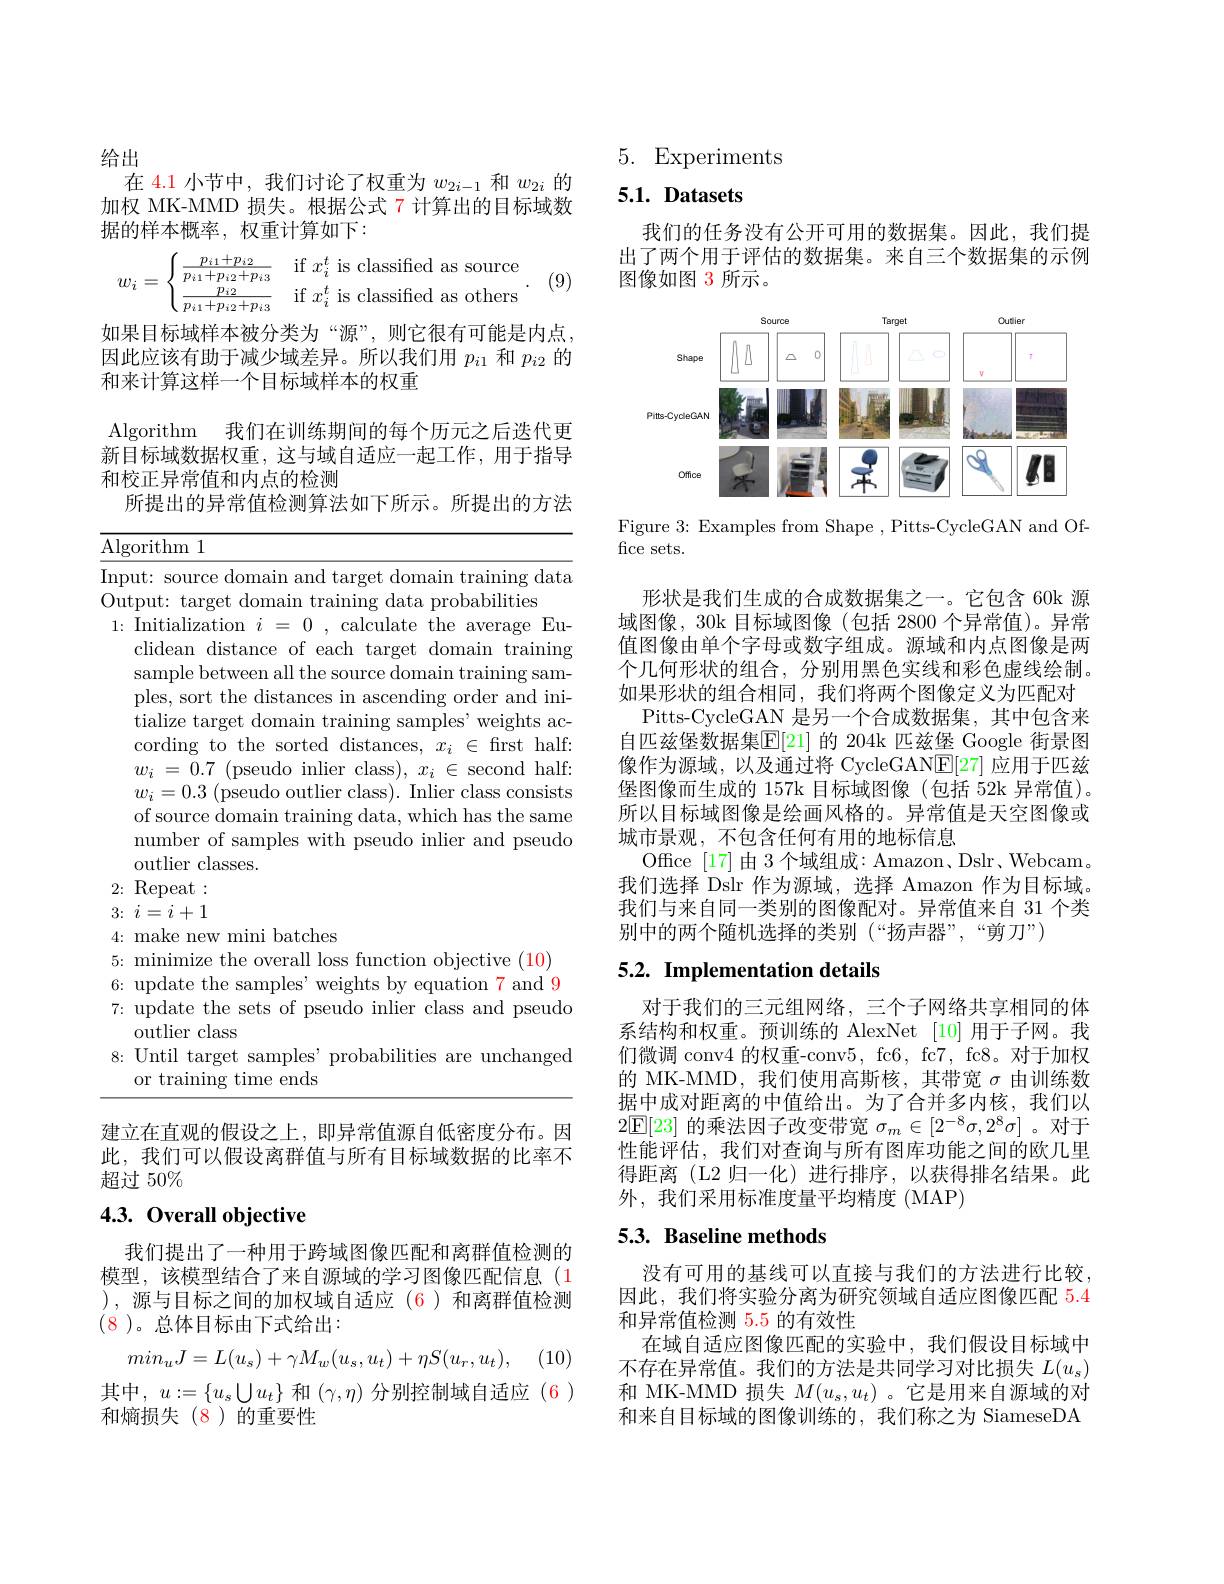
给出
在 4.1 小节中，我们讨论了权重为$w_{2i-1}$和$w_{2i}$的加权 MK-MMD 损失。根据公式 7 计算出的目标域数据的样本概率，权重计算如下：
$$w_i=\begin{cases}\frac{p_{i1}+p_{i2}}{p_{i1}+p_{i2}+p_{i3}}&\text{if}x_i^t\text{is classified as source}\\\frac{p_{i2}}{p_{i1}+p_{i2}+p_{i3}}&\text{if}x_i^t\text{is classified as others}\end{cases}.$$
(9)

如果目标域样本被分类为“源”,则它很有可能是内点因此应该有助于减少域差异。所以我们用$p_{i1}$和$p_{i2}$的和来计算这样一个目标域样本的权重

Algorithm 我们在训练期间的每个历元之后迭代更新目标域数据权重，这与域自适应一起工作，用于指导和校正异常值和内点的检测
所提出的异常值检测算法如下所示。所提出的方法

Algorithm 1

Input: source domain and target domain training data
Output: target domain training data probabilities
1: Initialization $i=0$, calculate the average Eu-
clidean distance of each target domain training sample between all the source domain training samples, sort the distances in ascending order and initialize target domain training samples' weights according to the sorted distances, $x_i\in$ frst half: $w_{i}$ = 0.7 (pseudo inlier class), $x_{i}$ $\in$ second half: $w_i= 0. 3\allowbreak ( {\mathrm{mod}} $outlier class). Inlier class consists of source domain training data, which has the same number of samples with pseudo inlier and pseudo outlier classes.
2{:} Repeat: $3\nobreak {: } $ $i= i+ 1$ 4: make new mini batches
5{:} minimize the overall loss function objective (10) 6: update the samples' weights by equation 7 and 97: update the sets of pseudo inlier class and pseudo
outlier class
8: Until target samples' probabilities are unchanged
or training time ends

建立在直观的假设之上，即异常值源自低密度分布。因此，我们可以假设离群值与所有目标域数据的比率不超过 50%

## 4.3. Overall objective

我们提出了一种用于跨域图像匹配和离群值检测的模型，该模型结合了来自源域的学习图像匹配信息(1 ),源与目标之间的加权域自适应(6)和离群值检测(8)。总体目标由下式给出：
$$min_{u}J=L(u_{s})+\gamma M_{w}(u_{s},u_{t})+\eta S(u_{r},u_{t}),$$
(10)

其中$,u:=\{u_s\bigcup u_t\}$ 和$(\gamma,\eta)$ 分别控制域自适应 $(\color{red}{6})$
和熵损失(8)的重要性

5. Experiments

## $5. 1. \textbf{ Datasets}$

我们的任务没有公开可用的数据集。因此，我们提出了两个用于评估的数据集。来自三个数据集的示例图像如图 3 所示。

<FigureHere>

Figure 3: Examples from Shape , Pitts-CycleGAN and Of-
fice sets.

形状是我们生成的合成数据集之一。它包含 60k 源域图像，30k 目标域图像 (包括 2800 个异常值)。异常值图像由单个字母或数字组成。源域和内点图像是两个几何形状的组合，分别用黑色实线和彩色虚线绘制。如果形状的组合相同，我们将两个图像定义为匹配对
Pitts-CycleGAN 是另一个合成数据集，其中包含来自匹兹堡数据集$\mathbb{E}[21]$ 的 204k 匹兹堡 Google 街景图像作为源域，以及通过将 CycleGAN$\underline{\mathrm{E}}[27]$应用于匹兹堡图像而生成的 157k 目标域图像(包括 52k 异常值)。所以目标域图像是绘画风格的。异常值是天空图像或城市景观，不包含任何有用的地标信息
Office [17]由 3 个域组成：Amazon、Dslr、Webcam。我们选择 Dslr 作为源域，选择 Amazon 作为目标域。我们与来自同一类别的图像配对。异常值来自 31 个类别中的两个随机选择的类别(“扬声器”,“剪刀”)

## 5.2. Implementation details

对于我们的三元组网络，三个子网络共享相同的体系结构和权重。预训练的 AlexNet [10] 用于子网。我们微调 conv4 的权重-conv5, fc6, fc7, fc8。对于加权的 MK-MMD,我们使用高斯核，其带宽$\sigma$由训练数据中成对距离的中值给出。为了合并多内核，我们以$2\overline{\mathbb{E}}[23]$的乘法因子改变带宽$\sigma_m\in[2^-8\sigma,2^8\sigma]$ 。对于性能评估，我们对查询与所有图库功能之间的欧几里得距离(L2 归一化)进行排序，以获得排名结果。此外，我们采用标准度量平均精度(MAP)

## 5.3. Baseline methods

没有可用的基线可以直接与我们的方法进行比较， 因此，我们将实验分离为研究领域自适应图像匹配 5.4和异常值检测 5.5 的有效性
在域自适应图像匹配的实验中，我们假设目标域中不存在异常值。我们的方法是共同学习对比损失$L(u_s)$ 和 MK-MMD 损失$M(u_s,u_t)$ 。它是用来自源域的对和来自目标域的图像训练的，我们称之为 SiameseDA